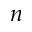
n